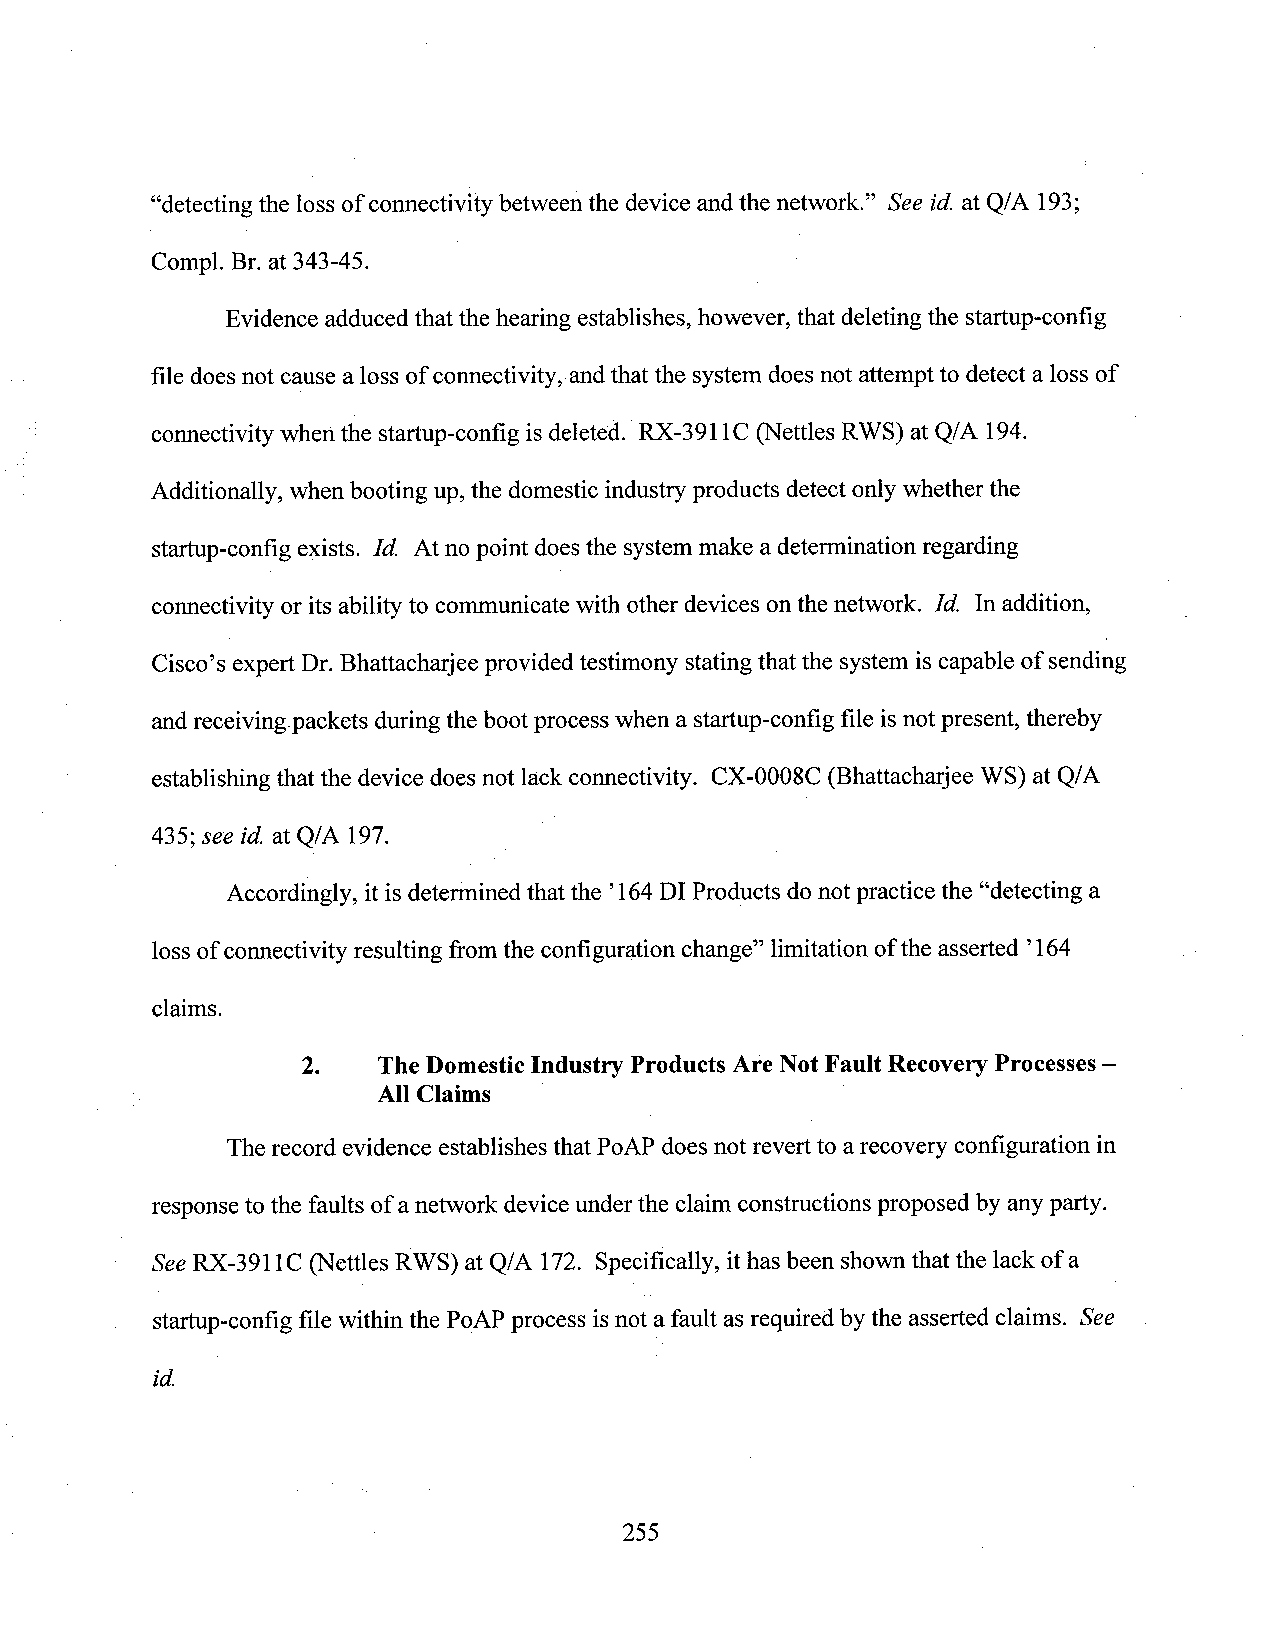
“detecting the loss of connectivity between the device and the network.” See id. at Q/A 193;
 Compl. Br. at 343-45.
 Evidence adduced that the hearing establishes, however, that deletingthe startup-config
 file does not cause a loss of connectivity, andthat the system does not attempt to detect aloss of
 connectivity when the startup-config is deleted. RX-3911C (Nettles RWS) at Q/A 194.
 Additionally, when booting up, the domestic industry products detect only whether the
 startup-config exists. Id. Atno point doesthe system make a detennination regarding
 connectivity or its ability to communicate with other devices onthe network. Id. In addition,
 Cisco’s expert Dr.Bhattacharjee provided testimony stating that the systemis capable of sending
 andreceivingpackets duringthe bootprocesswhen a startup-config file isnotpresent, thereby
 establishing that the device does not lack connectivity. CX-0008C (Bhattacharjee WS) at Q/A
 435; see id. at Q/A 197. _               l
 Accordingly, it is determined that the ’164Dl Products donot practice the “detecting a
 loss of connectivity resulting from the configuration change” limitation ofthe asserted ’164
 claims.
 2.   The DomesticIndustry Products Are Not Fault Recovery Processes —
 All Claims
 The record evidence establishes that PoAP does not revert to a recovery configuration in
 responseto the faults ofanetwork deviceunder the claim constructions proposed by anyparty.
 SeeRX-3911C (Nettles RWS) at Q/A 172. Specifically, ithas been shown that the lack of a
 startup-config file within the PoAP process isnot a fault as required by the asserted claims. See
 id.
 255